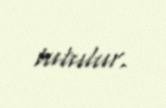
tutulur.